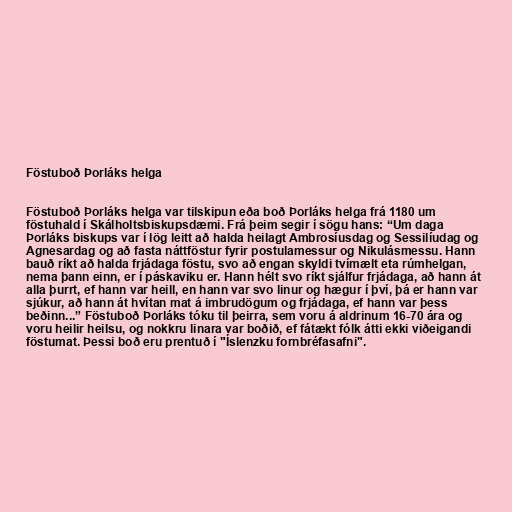
Föstuboð Þorláks helga

Föstuboð Þorláks helga var tilskipun eða boð Þorláks helga frá 1180 um
föstuhald í Skálholtsbiskupsdæmi. Frá þeim segir í sögu hans: “Um daga
Þorláks biskups var í lög leitt að halda heilagt Ambrosíusdag og Sessilíudag og
Agnesardag og að fasta náttföstur fyrir postulamessur og Nikulásmessu. Hann
bauð ríkt að halda frjádaga föstu, svo að engan skyldi tvímælt eta rúmhelgan,
nema þann einn, er í páskaviku er. Hann hélt svo ríkt sjálfur frjádaga, að hann át
alla þurrt, ef hann var heill, en hann var svo linur og hægur í því, þá er hann var
sjúkur, að hann át hvítan mat á imbrudögum og frjádaga, ef hann var þess
beðinn...” Föstuboð Þorláks tóku til þeirra, sem voru á aldrinum 16-70 ára og
voru heilir heilsu, og nokkru linara var boðið, ef fátækt fólk átti ekki viðeigandi
föstumat. Þessi boð eru prentuð í "Íslenzku fornbréfasafni".